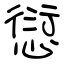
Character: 愆